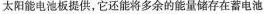
太阳能电池板提供，它还能将多余的能量储存在蓄电池